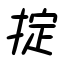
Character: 掟